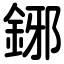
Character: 鋣